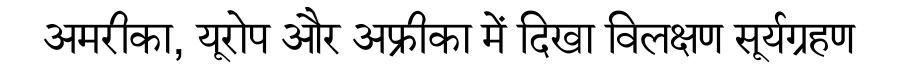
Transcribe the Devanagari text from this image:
अमरीका, यूरोप और अफ्रीका में दिखा विलक्षण सूर्यग्रहण